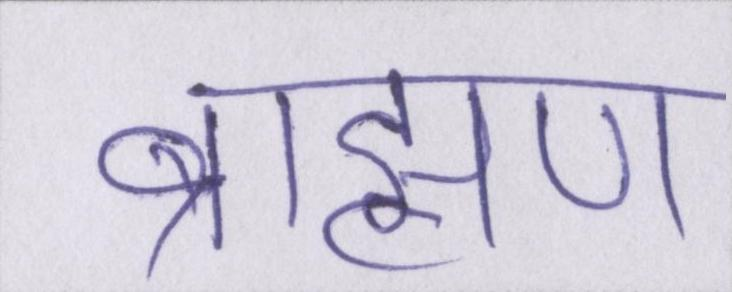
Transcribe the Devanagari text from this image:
ब्राह्मण